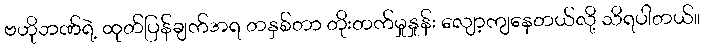
ဗဟိုဘဏ်ရဲ့ ထုတ်ပြန်ချက်အရ တနှစ်တာ တိုးတက်မှုနှုန်း လျော့ကျနေတယ်လို့ သိရပါတယ်။